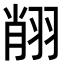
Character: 𦐺